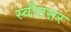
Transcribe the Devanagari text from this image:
स्वीटसर